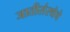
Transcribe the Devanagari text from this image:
जातीसंस्थेचे